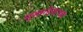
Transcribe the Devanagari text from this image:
मुरुमदेवाच्या